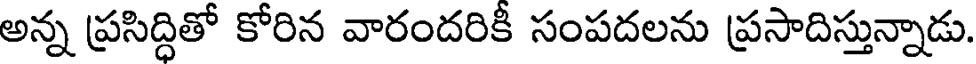
అన్న ప్రసిద్ధితో కోరిన వారందరికి సంపదలను ప్రసాదిస్తున్నాడు.